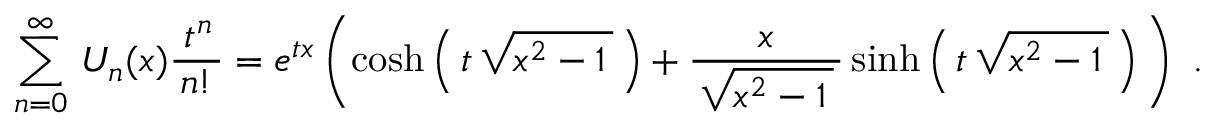
\sum _ { n = 0 } ^ { \infty } \, U _ { n } ( x ) { \frac { \; t ^ { n } \, } { n ! } } = e ^ { t x } \left( \cosh \left( \, t \, { \sqrt { x ^ { 2 } - 1 \, } } \, \right) + { \frac { x } { \, { \sqrt { x ^ { 2 } - 1 \, } } \, } } \sinh \left( \, t \, { \sqrt { x ^ { 2 } - 1 \, } } \, \right) \, \right) ~ .